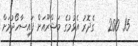
15